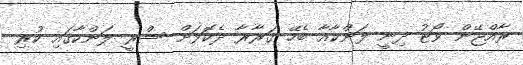
ރާއްޖޭން ވޯޓު ދިނީ ލަންކާއާ ބެހޭ ގަރާރާ ދެކޮޅަށް ސްރީ ލަންކާގައި ކުރި